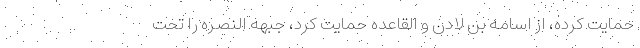
حمایت کرده، از اسامه بن لادن و القاعده حمایت کرد، جبهه النصره را تحت